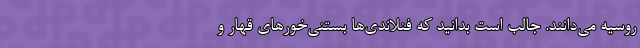
روسیه می‌دانند. جالب است بدانید که فنلاندی‌ها بستنی‌خورهای قهار و